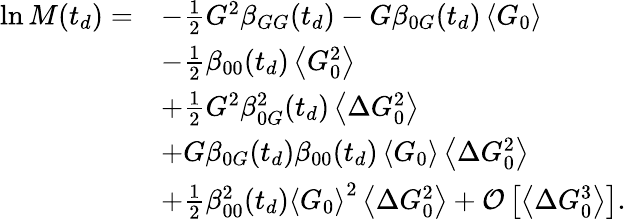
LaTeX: \begin{array}{rl}{\ln M(t_{d})=}&{-\frac{1}{2}G^{2}\beta_{GG}(t_{d})-G\beta_{0G}(t_{d})\left\langle G_{0}\right\rangle}\\ &{-\frac{1}{2}\beta_{00}(t_{d})\left\langle G_{0}^{2}\right\rangle}\\ &{+\frac{1}{2}G^{2}\beta_{0G}^{2}(t_{d})\left\langle\Delta G_{0}^{2}\right\rangle}\\ &{+G\beta_{0G}(t_{d})\beta_{00}(t_{d})\left\langle G_{0}\right\rangle\left\langle\Delta G_{0}^{2}\right\rangle}\\ &{+\frac{1}{2}\beta_{00}^{2}(t_{d})\left\langle G_{0}\right\rangle^{2}\left\langle\Delta G_{0}^{2}\right\rangle+\mathcal{O}\left[\left\langle\Delta G_{0}^{3}\right\rangle\right].}\end{array}